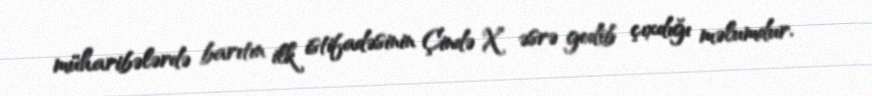
müharibələrdə barıtın ilk istifadəsinin Çində X əsrə gedib çıxdığı məlumdur.